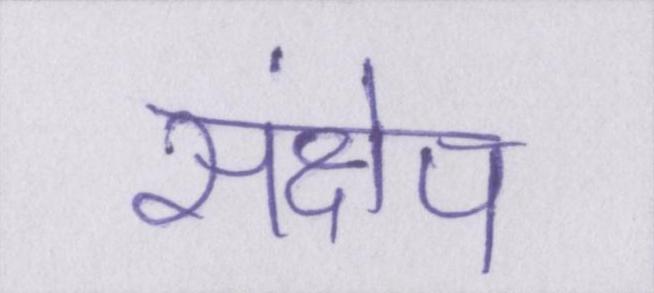
संक्षेप